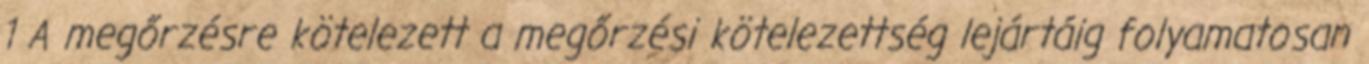
1 A megőrzésre kötelezett a megőrzési kötelezettség lejártáig folyamatosan